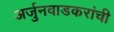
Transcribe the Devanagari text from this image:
अर्जुनवाडकरांची